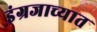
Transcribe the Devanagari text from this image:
इंग्रजाच्यात